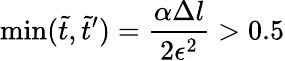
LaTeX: \operatorname*{min}(\tilde{t},\tilde{t}^{\prime})=\frac{\alpha\Delta l}{2\epsilon^{2}}>0.5